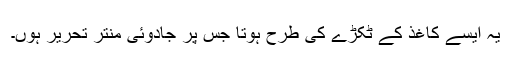
یہ ایسے کاغذ کے ٹکڑے کی طرح ہوتا جس پر جادوئی منتر تحریر ہوں۔